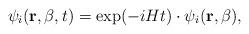
LaTeX: \begin{align*}\psi _i({\bf r},\beta ,t)=\exp (-iHt)\cdot \psi _i({\bf r},\beta ),\end{align*}